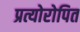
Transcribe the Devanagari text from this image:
प्रत्योरोपित